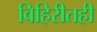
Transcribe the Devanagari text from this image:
विहिरीतही